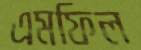
এমফিল